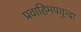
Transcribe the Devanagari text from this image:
प्रवाहिमपचुन्दा